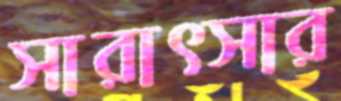
সারাত্সার